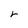
Character: r